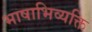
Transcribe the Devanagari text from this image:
भाषाभिव्यक्ति